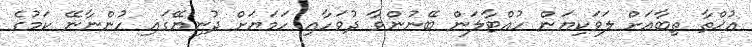
އުޚްތާ ތިބާއަށް ލަވަކިޔަން ހުއްޓާލަން ބޭނުންވާ ދުވަހާއި ހަމަޔަށް ދުނިޔޭގައި ހުންނާނޭ ކަމުގެ